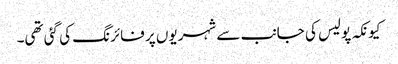
کیونکہ پولیس کی جانب سے شہریوں پر فائرنگ کی گئی تھی۔